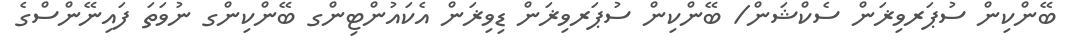
ބޭންކިން ސުޕަރވިޜަން ސެކްޝަން/ ބޭންކިން ސުޕަރވިޜަން ޑިވިޜަން އެކައުންޓިންގ ބޭންކިންގ ނުވަތަ ފައިނޭންސްގެ